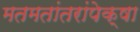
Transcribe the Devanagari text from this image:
मतमतांतरांपेक्षा